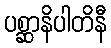
ပစ္ဆာနိပါတိနီ